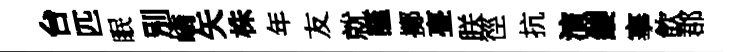
台匹眠別嶠矢株年友就謹擲亹朕徑抗演纓搴飲郡